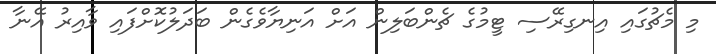
މި މެޗުގައި އިނގިރޭސި ޓީމުގެ ޗެންބަލިން އަށް އަނިޔާވެގެން ބަދަލުކޮށްފައި ވާއިރު އޭނާ